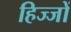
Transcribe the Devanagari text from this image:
हिज्जों